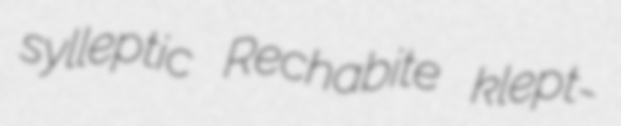
sylleptic Rechabite klept-